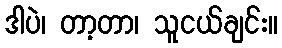
ဒါပဲ၊ တာ့တာ၊ သူငယ်ချင်း။